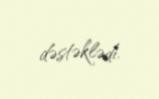
dəstəklədi.